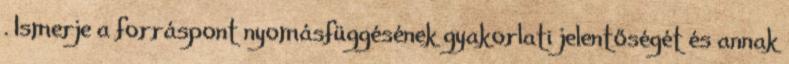
. Ismerje a forráspont nyomásfüggésének gyakorlati jelentőségét és annak